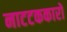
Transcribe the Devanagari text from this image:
नाटटककारों